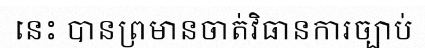
នេះ បានព្រមានចាត់វិធានការច្បាប់